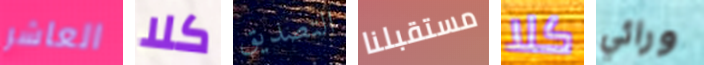
العاشر كلا التصديق مستقبلنا كلا ورائي